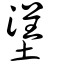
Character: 塣